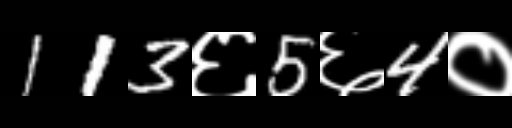
Text: 113६5६4०